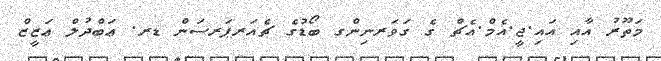
މަތޫރު އާއި އައި.ޖީ.އެމް.އެޗް ގެ ގަވަރނިންގ ބޯޑުގެ ޗެއަރޕަރސަން ޑރ. ޢަބްދުލް ޢަޒީޒް